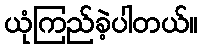
ယုံကြည်ခဲ့ပါတယ်။